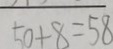
5 0 + 8 = 5 8